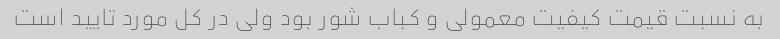
به نسبت قیمت کیفیت معمولی و کباب شور بود ولی در کل مورد تایید است